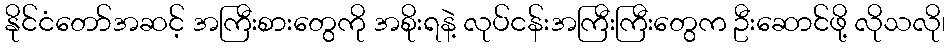
နိုင်ငံတော်အဆင့် အကြီးစားတွေကို အစိုးရနဲ့ လုပ်ငန်းအကြီးကြီးတွေက ဦးဆောင်ဖို့ လိုသလို၊